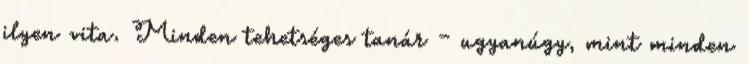
ilyen vita. Minden tehetséges tanár – ugyanúgy, mint minden